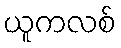
ယူကလစ်